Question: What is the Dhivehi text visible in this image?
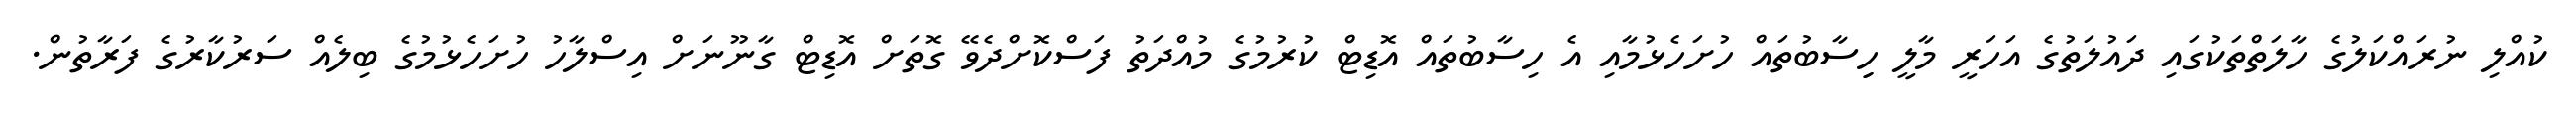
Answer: ކުއްލި ނުރައްކަލުގެ ހާލަތްތަކުގައި ދައުލަތުގެ އަހަރީ މާލީ ހިިސާބުތައް ހުށަހެޅުމާއި އެ ހިސާބުތައް އޮޑިޓް ކުރުމުގެ މުއްދަތު ފަސްކޮށްދެވޭ ގޮތަށް އޮޑިޓް ގާނޫނަށް އިސްލާހު ހުށަހެޅުމުގެ ބިލެއް ސަރުކާރުގެ ފަރާތުން.